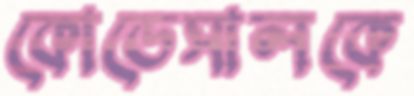
কোডেসালকে